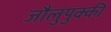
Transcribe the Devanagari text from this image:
जौलुपुक्की